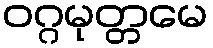
ဝဂ္ဂမုတ္တမေ